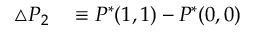
\begin{array} { r l } { \triangle P _ { 2 } } & { { } \equiv P ^ { * } ( 1 , 1 ) - P ^ { * } ( 0 , 0 ) } \end{array}